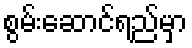
စွမ်းဆောင်ရည်မှာ